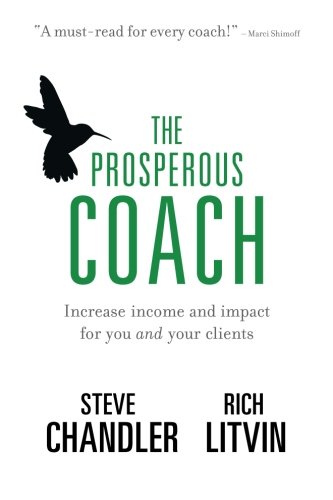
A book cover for The Prosperous Coach: Increase Income and Impact for You and Your Clients; Steve Chandler; Business & Money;